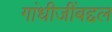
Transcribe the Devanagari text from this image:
गांधीजींबद्दल